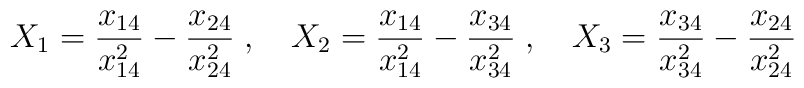
X_1 = {x_{14}\over x^2_{14}} - {x_{24}\over x^2_{24}}\;, \quad   X_2 = {x_{14}\over x^2_{14}} - {x_{34}\over x^2_{34}}\;, \quad   X_3 = {x_{34}\over x^2_{34}} - {x_{24}\over x^2_{24}}